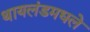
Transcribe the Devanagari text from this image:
थायलंडमधले